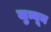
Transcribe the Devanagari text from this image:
जुन्नून